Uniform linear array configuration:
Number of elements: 48
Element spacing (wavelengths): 0.75
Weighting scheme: cosine
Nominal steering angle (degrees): -60
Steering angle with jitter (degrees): -60.168
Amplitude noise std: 0.05
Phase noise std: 0.05

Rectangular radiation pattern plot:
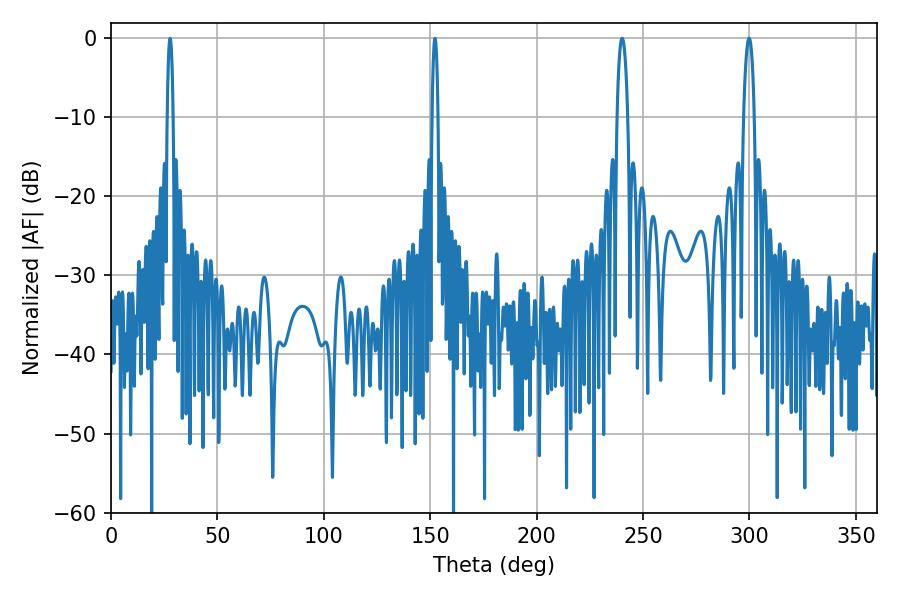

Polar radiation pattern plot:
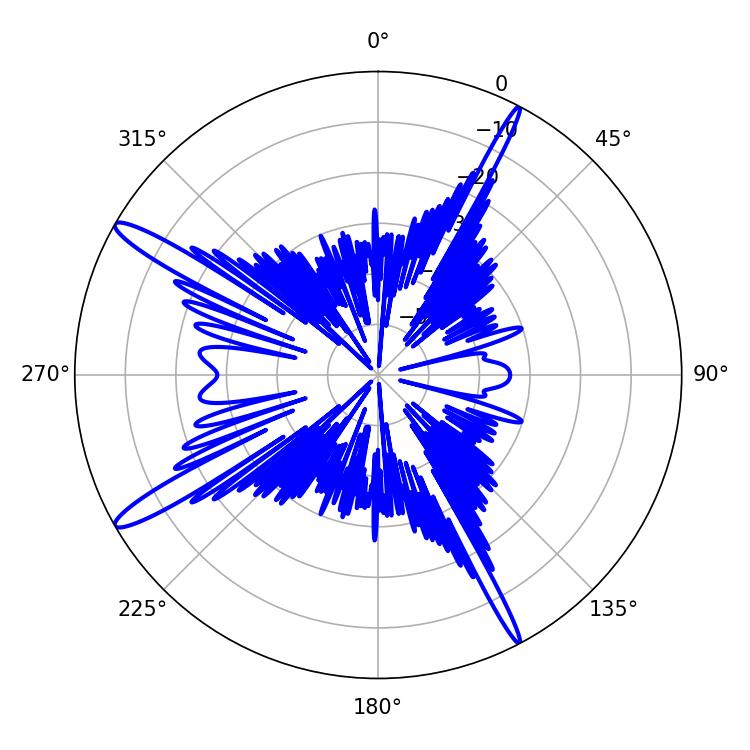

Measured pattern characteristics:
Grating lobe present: TRUE
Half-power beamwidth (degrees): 2.7
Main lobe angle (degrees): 240.12